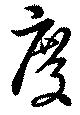
度